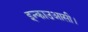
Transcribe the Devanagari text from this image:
इन्काउआसी।